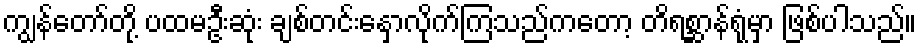
ကျွန်တော်တို့ ပထမဦးဆုံး ချစ်တင်းနှောလိုက်ကြသည်ကတော့ တိရစ္ဆာန်ရုံမှာ ဖြစ်ပါသည်။